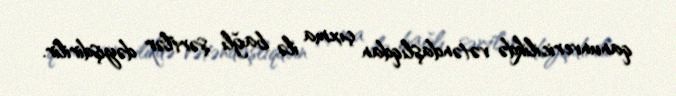
qanunvericilikdə vətəndaşlıqdan çıxma ilə bağlı şərtlər dəyişdirilir.